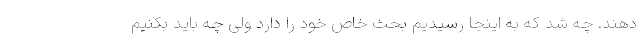
دهند. چه شد که به اینجا رسیدیم بحث خاص خود را دارد ولی چه باید بکنیم